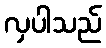
လှပါသည်